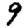
Digit: 9